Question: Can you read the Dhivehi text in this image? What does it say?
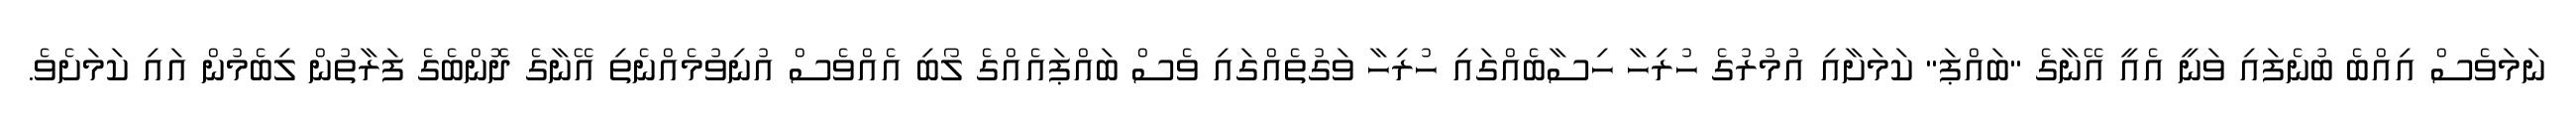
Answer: ނަމަވެސް އިއްބެ ބުނެފައި ވަނީ އެއީ އޭނާގެ "ބައްޕަ" ކަމަށާއި އުމުރުގެ ހުރިހާ ހިސާބެއްގައި ހުރިހާ ވަގުތެއްގައި ވެސް ބައްޕައެއްގެ ލޯބި އެއްވެސް އުނިވުމެއްނެތި އޭނާގެ ދޮންބެގެ ފަރާތުން ލިބެމުން އައި ކަމަށެވެ.